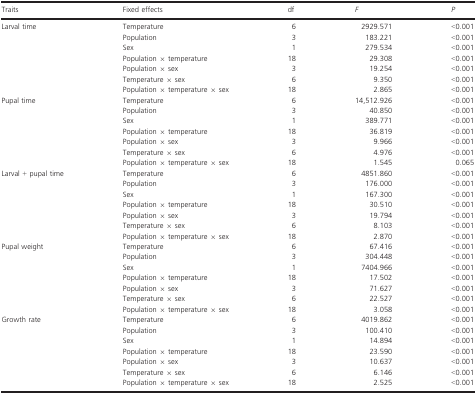
<table><thead><tr><td><b>Traits</b></td><td><b>Fixed effects</b></td><td><b>df</b></td><td><b><i>F</i></b></td><td><b><i>P</i></b></td></tr></thead><tbody><tr><td rowspan="7">Larval time</td><td>Temperature</td><td>6</td><td>2929.571</td><td>&lt;0.001</td></tr><tr><td>Population</td><td>3</td><td>183.221</td><td>&lt;0.001</td></tr><tr><td>Sex</td><td>1</td><td>279.534</td><td>&lt;0.001</td></tr><tr><td>Population × temperature</td><td>18</td><td>29.308</td><td>&lt;0.001</td></tr><tr><td>Population × sex</td><td>3</td><td>19.254</td><td>&lt;0.001</td></tr><tr><td>Temperature × sex</td><td>6</td><td>9.350</td><td>&lt;0.001</td></tr><tr><td>Population × temperature × sex</td><td>18</td><td>2.865</td><td>&lt;0.001</td></tr><tr><td rowspan="7">Pupal time</td><td>Temperature</td><td>6</td><td>14,512.926</td><td>&lt;0.001</td></tr><tr><td>Population</td><td>3</td><td>40.850</td><td>&lt;0.001</td></tr><tr><td>Sex</td><td>1</td><td>389.771</td><td>&lt;0.001</td></tr><tr><td>Population × temperature</td><td>18</td><td>36.819</td><td>&lt;0.001</td></tr><tr><td>Population × sex</td><td>3</td><td>9.966</td><td>&lt;0.001</td></tr><tr><td>Temperature × sex</td><td>6</td><td>4.976</td><td>&lt;0.001</td></tr><tr><td>Population × temperature × sex</td><td>18</td><td>1.545</td><td>0.065</td></tr><tr><td rowspan="7">Larval + pupal time</td><td>Temperature</td><td>6</td><td>4851.860</td><td>&lt;0.001</td></tr><tr><td>Population</td><td>3</td><td>176.000</td><td>&lt;0.001</td></tr><tr><td>Sex</td><td>1</td><td>167.300</td><td>&lt;0.001</td></tr><tr><td>Population × temperature</td><td>18</td><td>30.510</td><td>&lt;0.001</td></tr><tr><td>Population × sex</td><td>3</td><td>19.794</td><td>&lt;0.001</td></tr><tr><td>Temperature × sex</td><td>6</td><td>8.103</td><td>&lt;0.001</td></tr><tr><td>Population × temperature × sex</td><td>18</td><td>2.870</td><td>&lt;0.001</td></tr><tr><td rowspan="7">Pupal weight</td><td>Temperature</td><td>6</td><td>67.416</td><td>&lt;0.001</td></tr><tr><td>Population</td><td>3</td><td>304.448</td><td>&lt;0.001</td></tr><tr><td>Sex</td><td>1</td><td>7404.966</td><td>&lt;0.001</td></tr><tr><td>Population × temperature</td><td>18</td><td>17.502</td><td>&lt;0.001</td></tr><tr><td>Population × sex</td><td>3</td><td>71.627</td><td>&lt;0.001</td></tr><tr><td>Temperature × sex</td><td>6</td><td>22.527</td><td>&lt;0.001</td></tr><tr><td>Population × temperature × sex</td><td>18</td><td>3.058</td><td>&lt;0.001</td></tr><tr><td rowspan="7">Growth rate</td><td>Temperature</td><td>6</td><td>4019.862</td><td>&lt;0.001</td></tr><tr><td>Population</td><td>3</td><td>100.410</td><td>&lt;0.001</td></tr><tr><td>Sex</td><td>1</td><td>14.894</td><td>&lt;0.001</td></tr><tr><td>Population × temperature</td><td>18</td><td>23.590</td><td>&lt;0.001</td></tr><tr><td>Population × sex</td><td>3</td><td>10.637</td><td>&lt;0.001</td></tr><tr><td>Temperature × sex</td><td>6</td><td>6.146</td><td>&lt;0.001</td></tr><tr><td>Population × temperature × sex</td><td>18</td><td>2.525</td><td>&lt;0.001</td></tr></tbody></table>